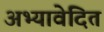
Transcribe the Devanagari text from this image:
अभ्यावेदित